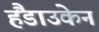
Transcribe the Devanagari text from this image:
हैंडाउकेन